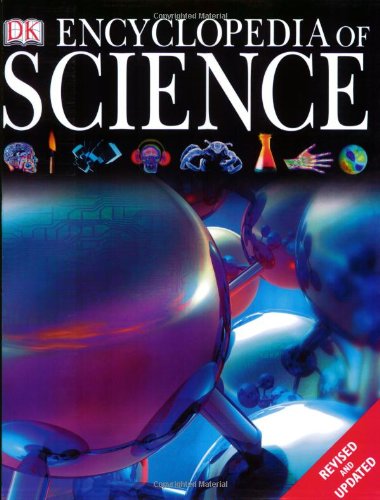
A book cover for Encyclopedia of Science; DK; Reference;